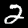
Digit: 2